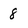
Character: 8